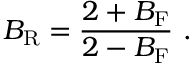
B _ { \mathrm { R } } = { \frac { 2 + B _ { \mathrm { F } } } { 2 - B _ { \mathrm { F } } } } \ .